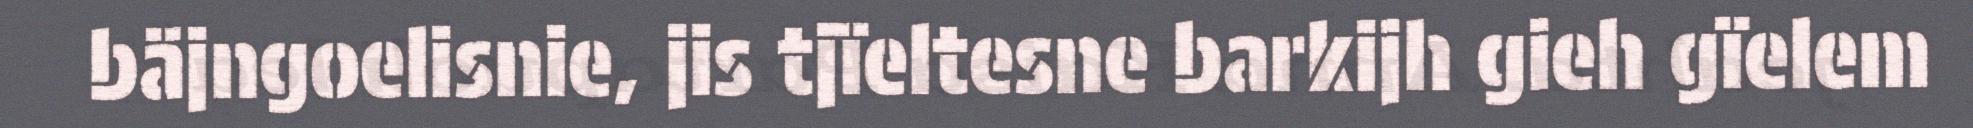
bäjngoelisnie, jis tjïeltesne barkijh gieh gïelem